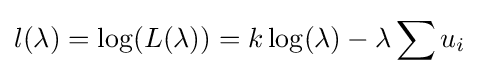
l(\lambda )=\log(L(\lambda ))=k\log(\lambda )-\lambda \sum {u_{i}}